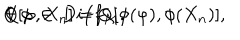
Q [ \varphi , X _ { n } ] = Q [ \phi ( \varphi ) , \phi ( X _ { n } ) ] , \hspace { 2 c m } \forall \ \phi \, \in \, D i f f _ { \cal M } .